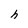
Character: h